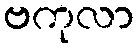
ဗကုလာ